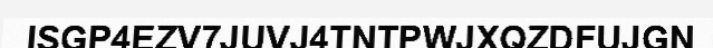
ISGP4EZV7JUVJ4TNTPWJXQZDFUJGN